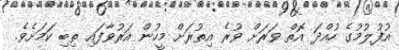
އުފުލުމުގެ ހުއްދަ އޮތް ވަރަށް ވުރެ އިތުރަށް މީހުން އަރުވާފައި ތިބި ކަމަށެވެ.